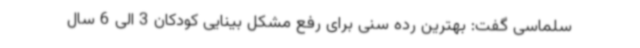
سلماسی گفت: بهترین رده سنی برای رفع مشکل بینایی کودکان 3 الی 6 سال